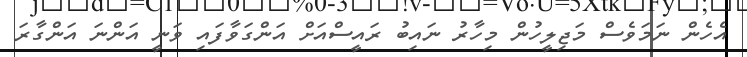
އެހެން ނަމަވެސް މަޖިލީހުން މިހާރު ނައިބު ރައީސްއަށް އަންގަވާފައި ވަނީ އަންނަ އަންގާރަ